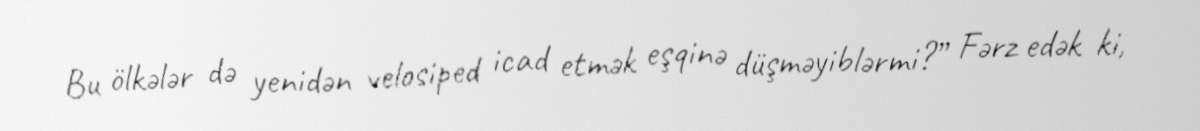
Bu ölkələr də yenidən velosiped icad etmək eşqinə düşməyiblərmi?” Fərz edək ki,